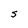
Character: S